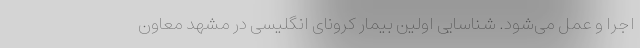
اجرا و عمل می‌شود. شناسایی اولین بیمار کرونای انگلیسی در مشهد معاون